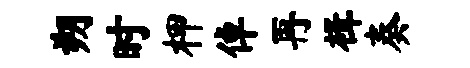
朔时柙倬再楫奏